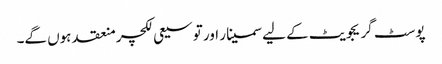
پوسٹ گریجویٹ کے لیے سمینار اور توسیعی لکچر منعقد ہوں گے۔